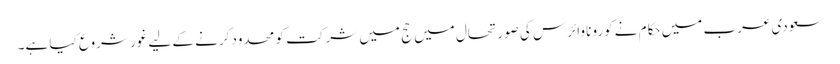
سعودی عرب میں حکام نے کورونا وائرس کی صورتحال میں حج میں شرکت کو محدود کرنے کے لیے غور شروع کیا ہے۔